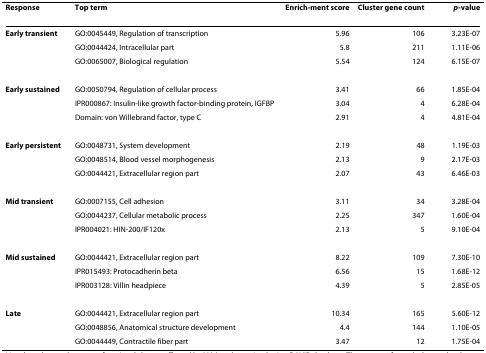
<table><thead><tr><td><b>Response</b></td><td><b>Top term</b></td><td><b>Enrich-ment score</b></td><td><b>Cluster gene count</b></td><td><b><i>p</i>-value</b></td></tr></thead><tbody><tr><td><b>Early transient</b></td><td>GO:0045449, Regulation of transcription</td><td>5.96</td><td>106</td><td>3.23E-07</td></tr><tr><td></td><td>GO:0044424, Intracellular part</td><td>5.8</td><td>211</td><td>1.11E-06</td></tr><tr><td></td><td>GO:0065007, Biological regulation</td><td>5.54</td><td>124</td><td>6.15E-07</td></tr><tr><td><b>Early sustained</b></td><td>GO:0050794, Regulation of cellular process</td><td>3.41</td><td>66</td><td>1.85E-04</td></tr><tr><td></td><td>IPR000867: Insulin-like growth factor-binding protein, IGFBP</td><td>3.04</td><td>4</td><td>6.28E-04</td></tr><tr><td></td><td>Domain: von Willebrand factor, type C</td><td>2.91</td><td>4</td><td>4.81E-04</td></tr><tr><td><b>Early persistent</b></td><td>GO:0048731, System development</td><td>2.19</td><td>48</td><td>1.19E-03</td></tr><tr><td></td><td>GO:0048514, Blood vessel morphogenesis</td><td>2.13</td><td>9</td><td>2.17E-03</td></tr><tr><td></td><td>GO:0044421, Extracellular region part</td><td>2.07</td><td>43</td><td>6.46E-03</td></tr><tr><td><b>Mid transient</b></td><td>GO:0007155, Cell adhesion</td><td>3.11</td><td>34</td><td>3.28E-04</td></tr><tr><td></td><td>GO:0044237, Cellular metabolic process</td><td>2.25</td><td>347</td><td>1.60E-04</td></tr><tr><td></td><td>IPR004021: HIN-200/IF120x</td><td>2.13</td><td>5</td><td>9.10E-04</td></tr><tr><td><b>Mid sustained</b></td><td>GO:0044421, Extracellular region part</td><td>8.22</td><td>109</td><td>7.30E-10</td></tr><tr><td></td><td>IPR015493: Protocadherin beta</td><td>6.56</td><td>15</td><td>1.68E-12</td></tr><tr><td></td><td>IPR003128: Villin headpiece</td><td>4.39</td><td>5</td><td>2.85E-05</td></tr><tr><td><b>Late</b></td><td>GO:0044421, Extracellular region part</td><td>10.34</td><td>165</td><td>5.60E-12</td></tr><tr><td></td><td>GO:0048856, Anatomical structure development</td><td>4.4</td><td>144</td><td>1.10E-05</td></tr><tr><td></td><td>GO:0044449, Contractile fiber part</td><td>3.47</td><td>12</td><td>1.75E-04</td></tr></tbody></table>